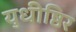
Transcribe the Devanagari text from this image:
युधीष्ठिर